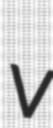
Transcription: v